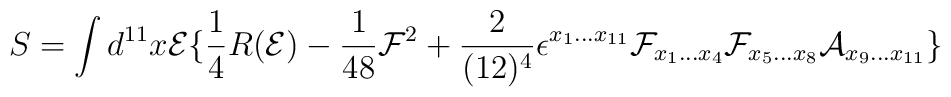
S = \int d^{11}x {\cal E} \lbrace \frac{1}{4} R({\cal E}) - \frac{1}{48} {\cal F}^{2} + \frac{2}{(12)^{4}}\epsilon^{x_{1}...x_{11}}{\cal F}_{x_{1}...x_{4}}{\cal  F}_{x_{5}...x_{8}} {\cal A}_{x_{9}...x_{11}} \rbrace